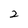
Character: 2